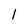
Character: l